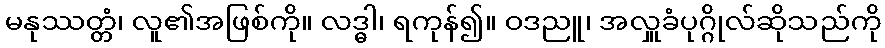
မနုဿတ္တံ၊ လူ၏အဖြစ်ကို။ လဒ္ဓါ၊ ရကုန်၍။ ဝဒညူ၊ အလှူခံပုဂ္ဂိုလ်ဆိုသည်ကို